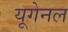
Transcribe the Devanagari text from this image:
यूगेनल